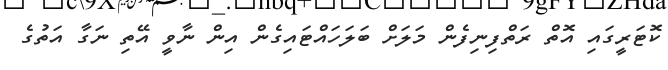
ކޮޓަރީގައި އޮތް ރަތްފިނިފެން މަލަށް ބަލަހައްޓައިގެން އިން ނާވީ އޭތި ނަގާ އަތުގެ